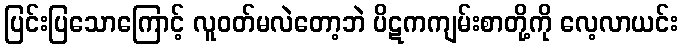
ပြင်းပြသောကြောင့် လူဝတ်မလဲတော့ဘဲ ပိဋကကျမ်းစာတို့ကို လေ့လာယင်း